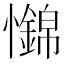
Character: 𢥅